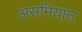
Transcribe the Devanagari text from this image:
असमियात